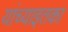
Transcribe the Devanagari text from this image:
यांच्याइतका